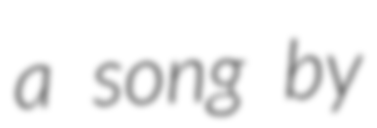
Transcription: a song by